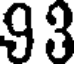
93